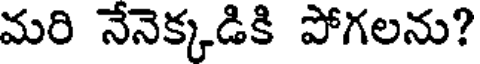
మరి నేనెక్కడికి పోగలను?